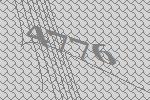
4776